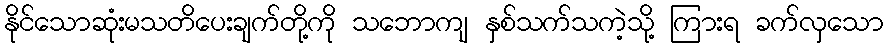
နိုင်သောဆုံးမသတိပေးချက်တို့ကို သဘောကျ နှစ်သက်သကဲ့သို့ ကြားရ ခက်လှသော